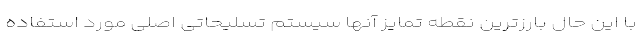
با این حال بارزترین نقطه تمایز آنها سیستم تسلیحاتی اصلی مورد استفاده